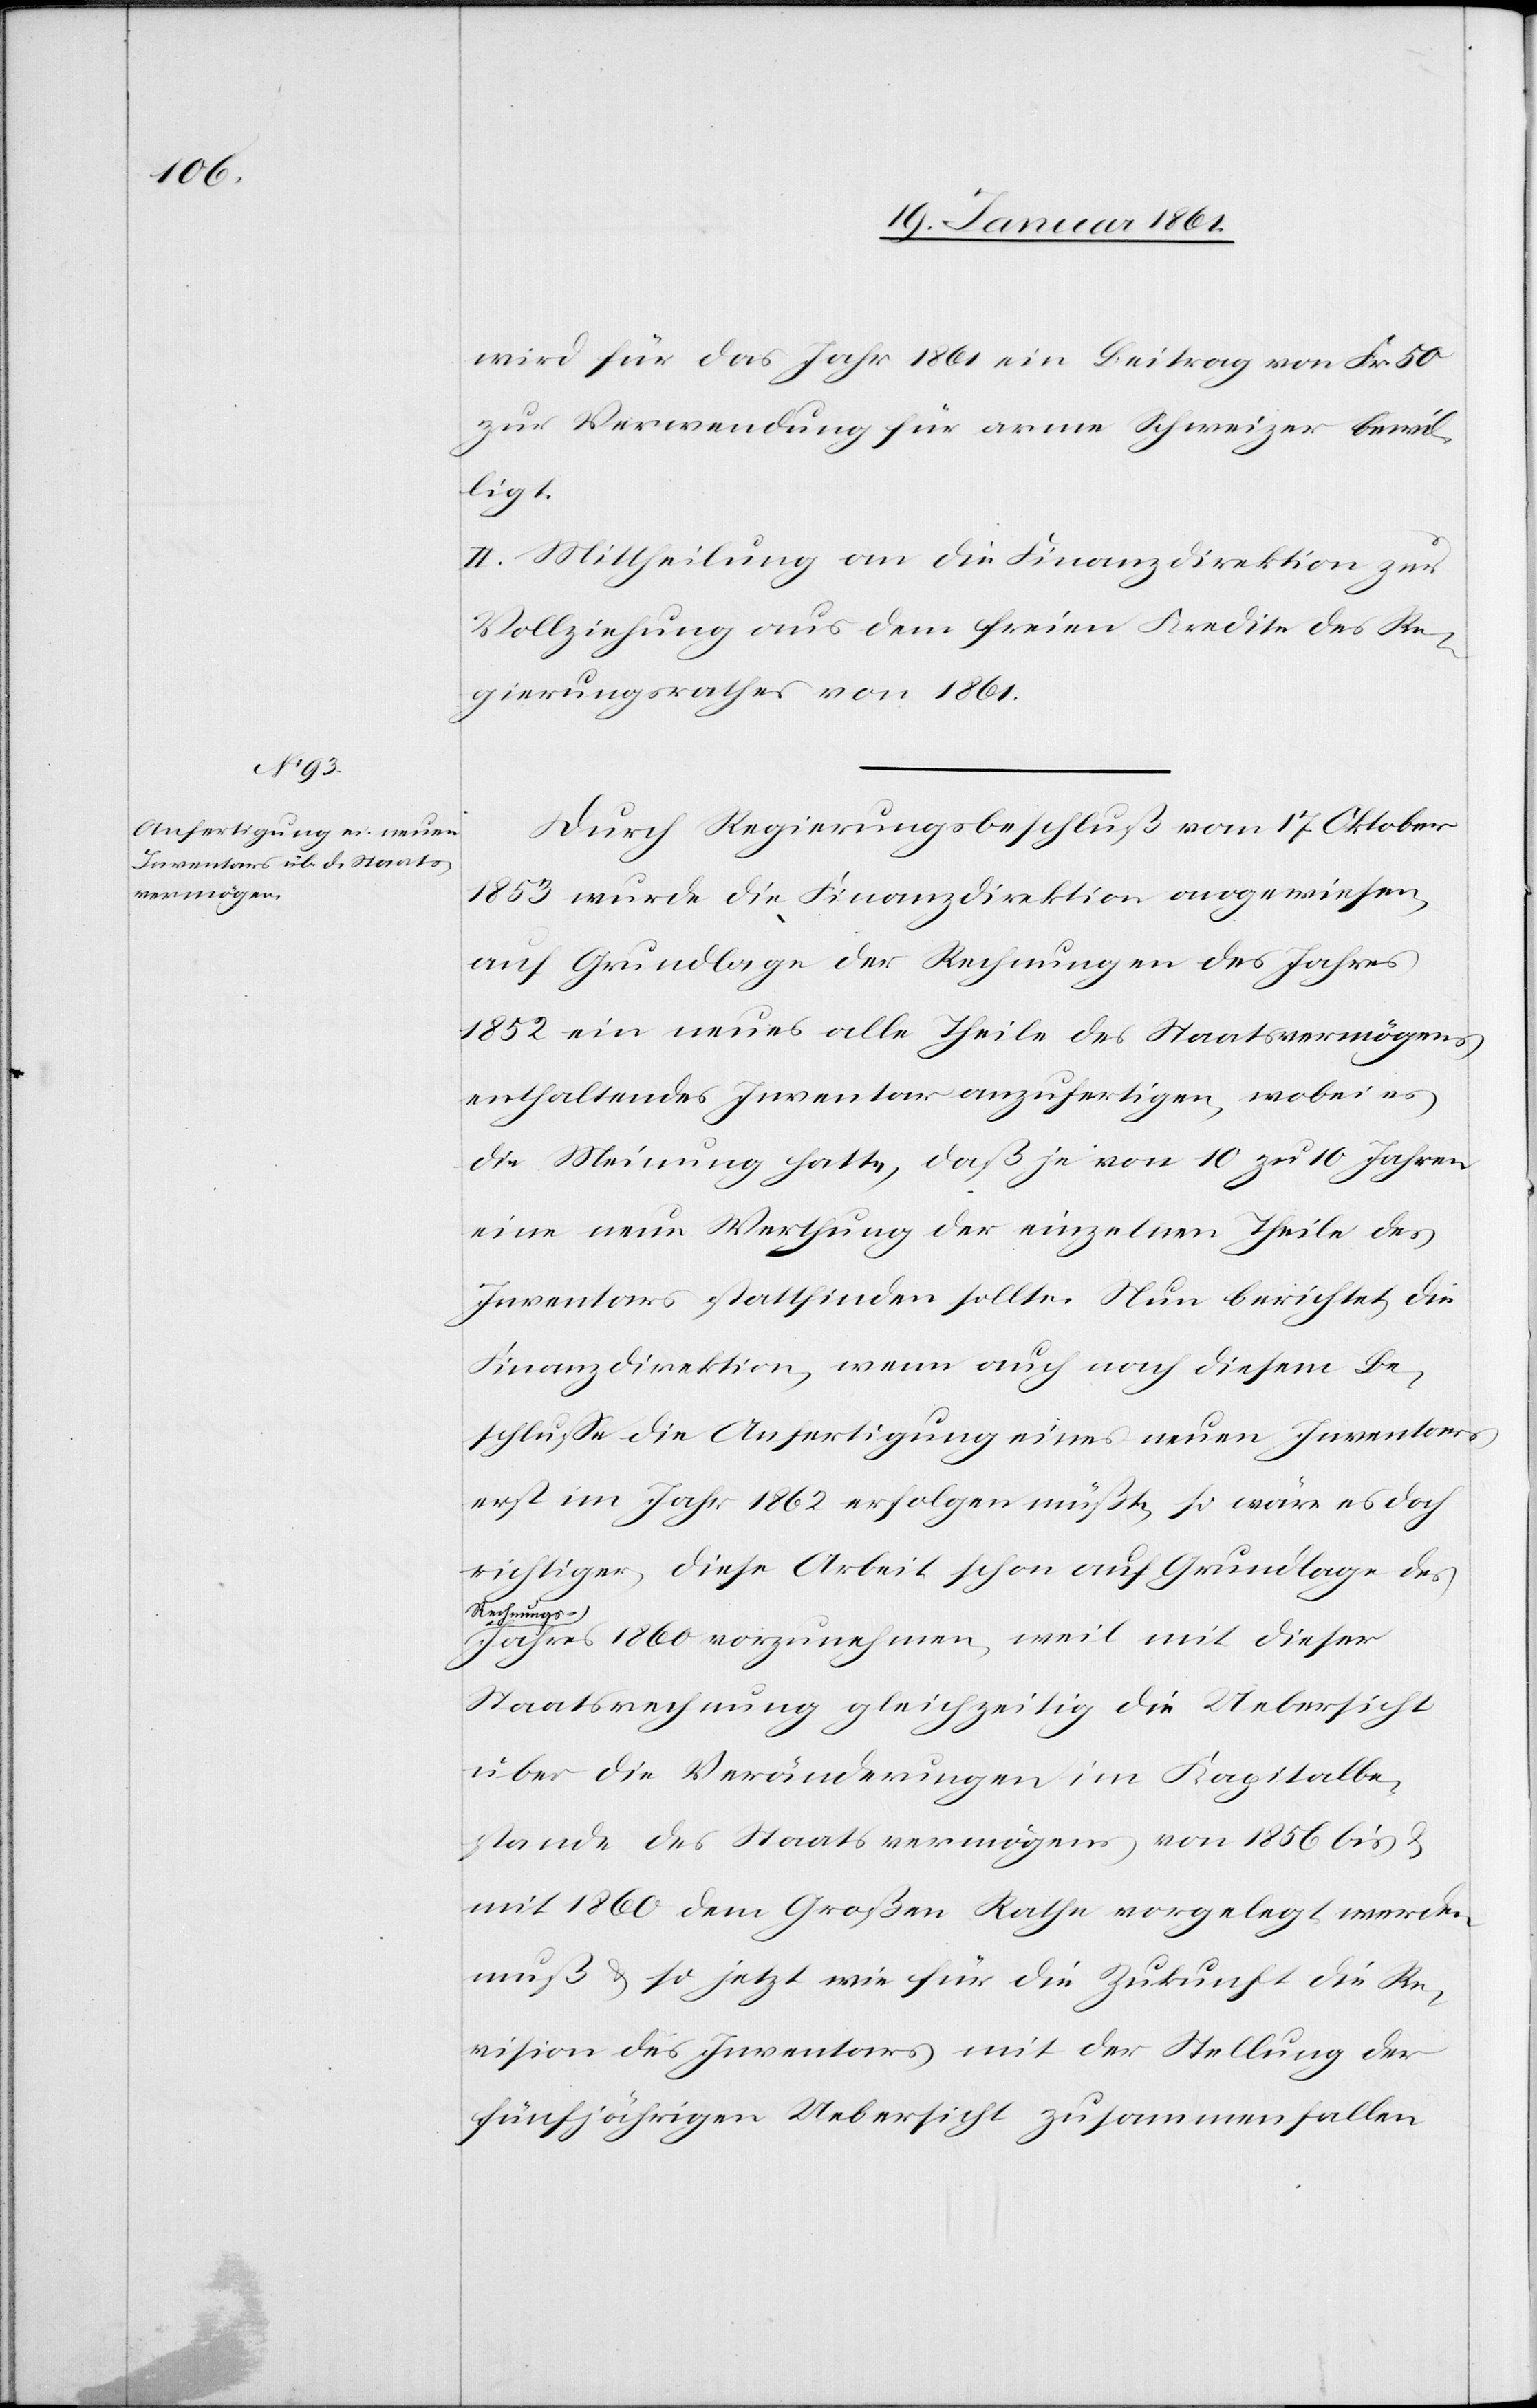
wird für das Jahr 1861 ein Beitrag von Frk. 50
zur Verwendung für arme Schweizer bewil¬
ligt.
II. Mittheilung an die Finanzdirektion zur
Vollziehung aus dem freien Kredite des Re¬
gierungsrathes von 1861.
Durch Regierungsbeschluß vom 17 Oktober
1853 wurde die Finanzdirektion angewiesen,
auf Grundlage der Rechnungen des Jahres
1852 ein neues alle Theile des Staatsvermögens
enthaltendes Inventar anzufertigen, wobei es
die Meinung hatte, daß je von 10 zu 10 Jahren
eine neue Werthung der einzelnen Theile des
Inventars stattfinden sollte. Nun berichtet die
Finanzdirektion, wenn auch nach diesem Be¬
schlusse die Anfertigung eines neuen Inventars
erst im Jahre 1862 erfolgen müßte, so wäre es doch
richtiger, diese Arbeit schon auf Grundlage des
Rechnungs¬
jahres 1860 vorzunehmen, weil mit dieser
Staatsrechnung gleichzeitig die Uebersicht
über die Veränderungen im Kapitalbe¬
stande des Staatsvermögens von 1856 bis u.
mit 1860 dem Großen Rathe vorgelegt werden
muß u. so jetzt wie für die Zukunft die Re¬
vision des Inventars mit der Stellung der
fünfjährigen Uebersicht zusammenfallen